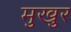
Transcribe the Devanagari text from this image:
मुखुर